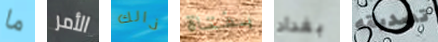
ما الأمر ذالك بفتاة بغداد تصديقه